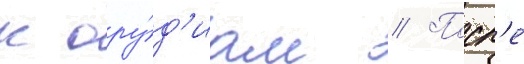
к ору́д'иам // Посл'е